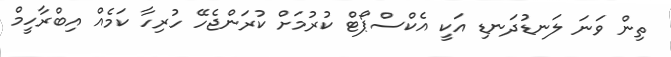
ތިން ވަނަ ލަނޑުދަނޑި އަކީ އެކްސްޕޯޓް ކުރުމަށް ކުރަންޖެހޭ ހުރިހާ ކަމެއް އިބްރާހީމް